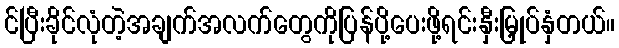
င်ပြီးခိုင်လုံတဲ့အချက်အလက်တွေကိုပြန်ပို့ပေးဖို့ရင်းနှီးမြှုပ်နှံတယ်။